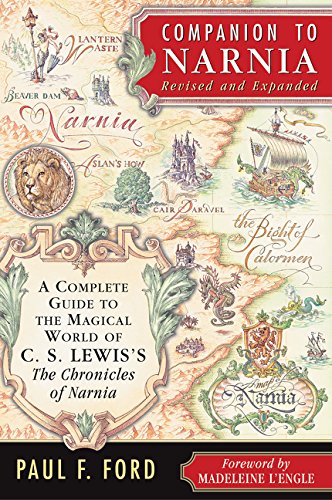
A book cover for Companion to Narnia, Revised Edition: A Complete Guide to the Magical World of C.S. Lewis's The Chronicles of Narnia; Paul F. Ford; Science Fiction & Fantasy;